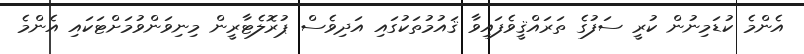
އެންމެ ކުޑަމިނުން ކުރީ ސަފުގެ ތަރައްޤީވެފައިވާ ޤައުމުތަކުގައި އަދިވެސް ޕުރޮލެޓާރީން މިނިވަންވުމަށްޓަކައި އެންމެ